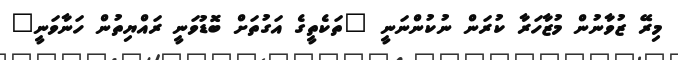
މިރޭ ޒުވާނުން މުޒާހަރާ ކުރަން ނުކުންނަނީ "ތަކެތީގެ އަގުތަށް ބޮޑުވަނީ ރައްޔިތުން ހަނާވަނީ"